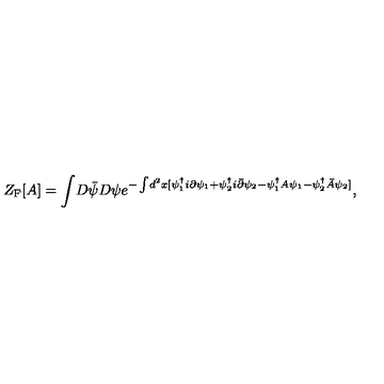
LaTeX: Z _ { \mathrm { F } } [ A ] = \int \! D { \bar { \psi } } D \psi e ^ { - \int \! d ^ { 2 } x [ \psi _ { 1 } ^ { \dagger } i \partial \psi _ { 1 } + \psi _ { 2 } ^ { \dagger } i { \bar { \partial } } \psi _ { 2 } - \psi _ { 1 } ^ { \dagger } A \psi _ { 1 } - \psi _ { 2 } ^ { \dagger } { \bar { A } } \psi _ { 2 } ] } ,